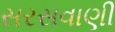
સરસવાણી